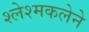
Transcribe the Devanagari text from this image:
श्लेश्मकलेने